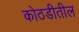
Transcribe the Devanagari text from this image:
कोठडीतील